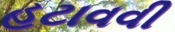
હટાવવી